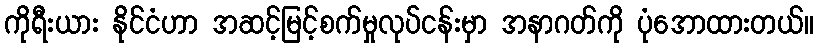
ကိုရီးယား နိုင်ငံဟာ အဆင့်မြင့်စက်မှုလုပ်ငန်းမှာ အနာဂတ်ကို ပုံအောထားတယ်။